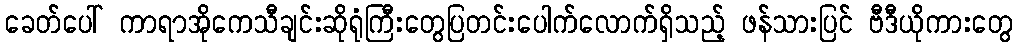
ခေတ်ပေါ် ကာရာအိုကေသီချင်းဆိုရုံကြီးတွေပြတင်းပေါက်လောက်ရှိသည့် ဖန်သားပြင် ဗီဒီယိုကားတွေ